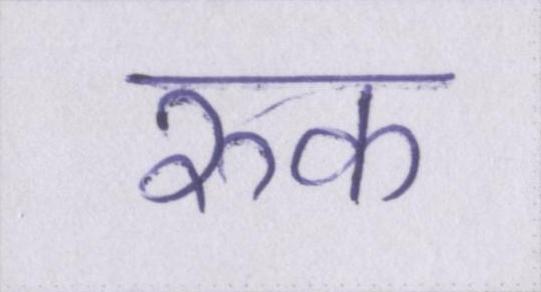
रुक